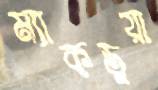
ম্যাকডুয়া